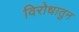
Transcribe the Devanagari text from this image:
विरोधातुन